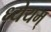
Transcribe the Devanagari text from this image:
ध्येयम्‌